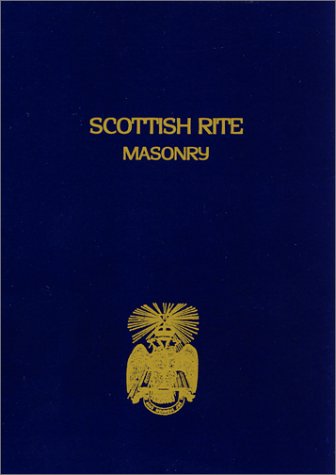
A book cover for Scottish Rite Masonry Vol.1; John Blanchard; Religion & Spirituality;